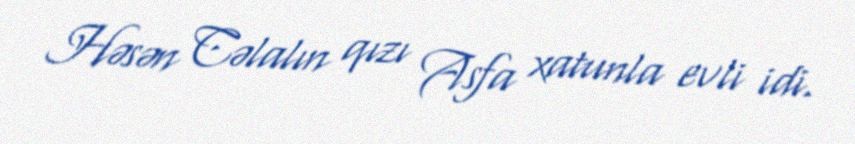
Həsən Cəlalın qızı Asfa xatunla evli idi.